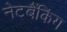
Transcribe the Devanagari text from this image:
नेटबैंकिंग